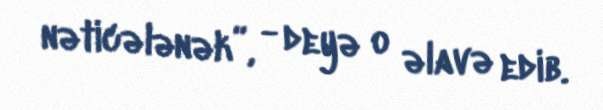
nəticələnək”, - deyə o əlavə edib.